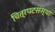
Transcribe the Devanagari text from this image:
चित्रपटसंस्था